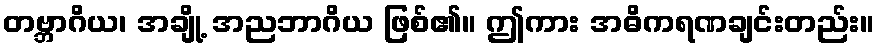
တဗ္ဘာဂိယ၊ အချို့ အညဘာဂိယ ဖြစ်၏။ ဤကား အဓိကရဏချင်းတည်း။